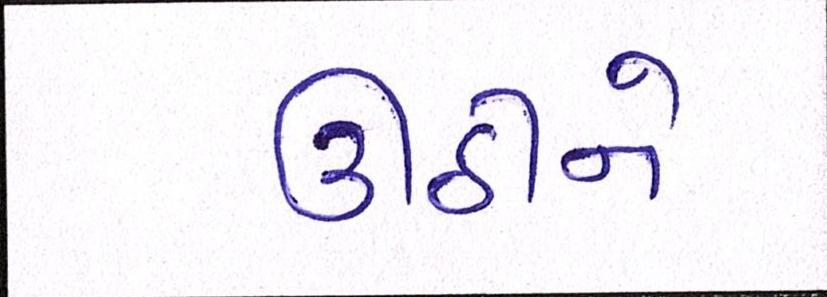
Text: ઊઠીને